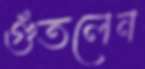
গুঁতলেন